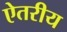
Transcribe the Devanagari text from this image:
ऐतरीय